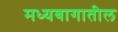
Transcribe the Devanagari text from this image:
मध्यबागातील